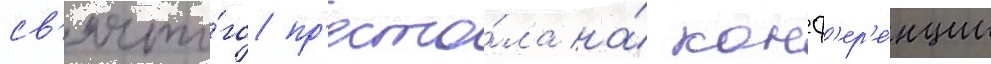
св'ято́го пр'есто́ла на́ конф'ер'е́нции